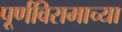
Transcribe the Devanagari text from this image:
पूर्णविरामाच्या